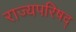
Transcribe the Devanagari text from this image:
राज्यपरिषद्